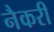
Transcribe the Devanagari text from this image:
नैकरी